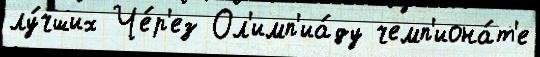
лу́чших Че́р'ез Ол'имп'иа́ду чемп'иона́т'е